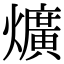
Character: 爌